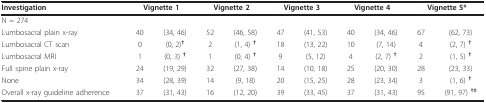
| Investigation | <COLSPAN=2> Vignette 1 | <COLSPAN=2> Vignette 2 | <COLSPAN=2> Vignette 3 | <COLSPAN=2> Vignette 4 | <COLSPAN=2> Vignette 5* |
 | --- | --- | --- | --- | --- | --- | --- | --- | --- | --- | --- |
 | N = 274 |  |  |  |  |  |  |  |  |  |  |
 | Lumbosacral plain x-ray | 40 | (34, 46) | 52 | (46, 58) | 47 | (41, 53) | 40 | (34, 46) | 67 | (62, 73) |
 | Lumbosacral CT scan | 0 | (0, 2)† | 2 | (1, 4) † | 18 | (13, 22) | 10 | (7, 14) | 4 | (2, 7) † |
 | Lumbosacral MRI | 1 | (0, 3) † | 1 | (0, 4) † | 9 | (5, 12) | 4 | (2, 7) † | 2 | (1, 5) † |
 | Full spine plain x-ray | 24 | (19, 29) | 32 | (27, 38) | 14 | (10, 18) | 25 | (20, 30) | 28 | (23, 33) |
 | None | 34 | (28, 39) | 14 | (9, 18) | 20 | (15, 25) | 28 | (23, 34) | 3 | (1, 6) † |
 | Overall x-ray guideline adherence | 37 | (31, 43) | 16 | (12, 20) | 39 | (33, 45) | 37 | (31, 43) | 95 | (91, 97) †‡ |